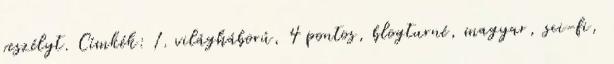
veszélyt. Címkék: 1. világháború, 4 pontos, blogturné, magyar, sci-fi,